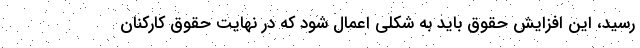
رسید، این افزایش حقوق باید به شکلی اعمال شود که در نهایت حقوق کارکنان